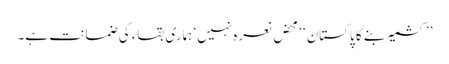
’’کشمیر بنے گا پاکستان‘‘ محض نعرہ نہیں‘ ہماری بقاء کی ضمانت ہے۔